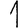
Digit: 1